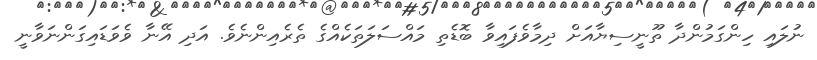
ނުލައި ހިންގަމުންދާ ތޫނީސިޔާއަށް ދިމާވެފައިވާ ބޮޑެތި މައްސަލަތަކެއްގެ ތެރެއިންނެވެ. އަދި އޭނާ ވެވަޑައިގަންނަވާނީ